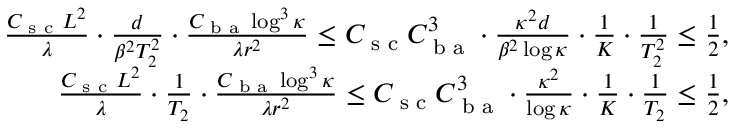
\begin{array} { r } { \frac { C _ { \textup { s c } } L ^ { 2 } } { \lambda } \cdot \frac d { \beta ^ { 2 } T _ { 2 } ^ { 2 } } \cdot \frac { C _ { \textup { b a } } \log ^ { 3 } \kappa } { \lambda r ^ { 2 } } \le C _ { \textup { s c } } C _ { \textup { b a } } ^ { 3 } \cdot \frac { \kappa ^ { 2 } d } { \beta ^ { 2 } \log \kappa } \cdot \frac 1 K \cdot \frac 1 { T _ { 2 } ^ { 2 } } \le \frac { 1 } { 2 } , } \\ { \frac { C _ { \textup { s c } } L ^ { 2 } } { \lambda } \cdot \frac 1 { T _ { 2 } } \cdot \frac { C _ { \textup { b a } } \log ^ { 3 } \kappa } { \lambda r ^ { 2 } } \le C _ { \textup { s c } } C _ { \textup { b a } } ^ { 3 } \cdot \frac { \kappa ^ { 2 } } { \log \kappa } \cdot \frac 1 K \cdot \frac 1 { T _ { 2 } } \le \frac { 1 } { 2 } , } \end{array}